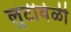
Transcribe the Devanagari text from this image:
लुटीवेळी